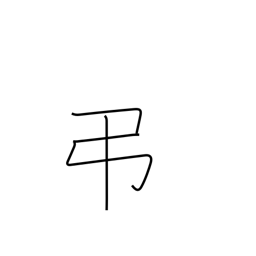
Meaning: condolences